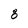
Character: 8